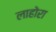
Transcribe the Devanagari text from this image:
लाहोरा